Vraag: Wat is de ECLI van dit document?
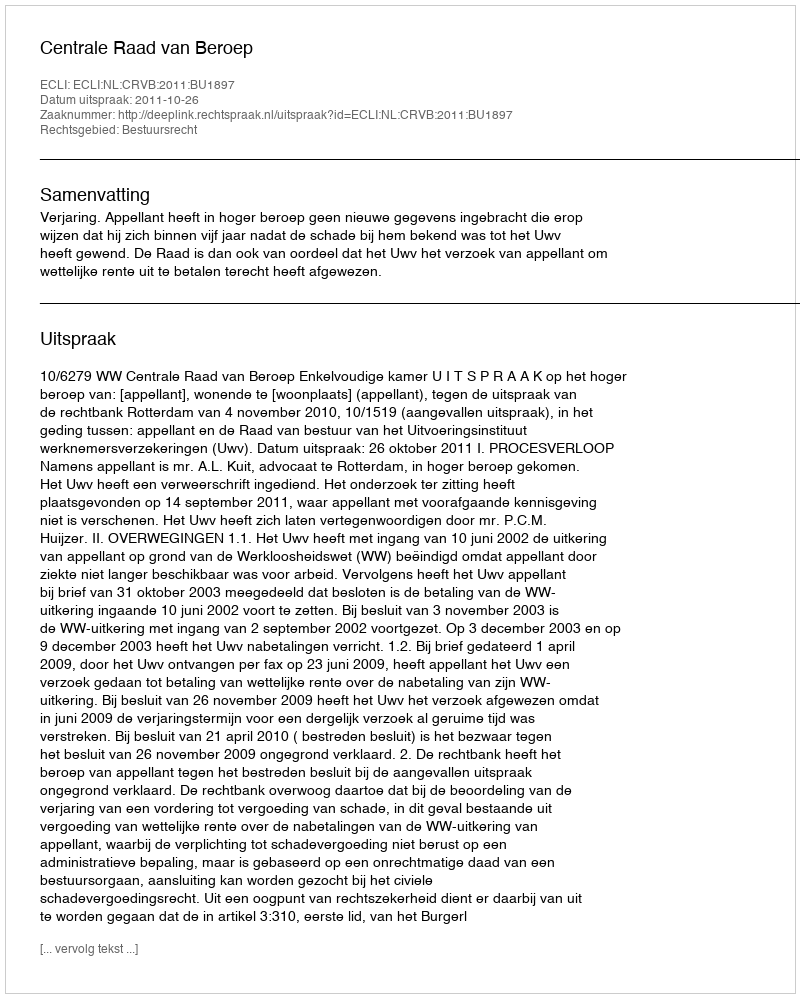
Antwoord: ECLI:NL:CRVB:2011:BU1897